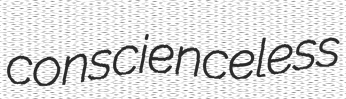
conscienceless